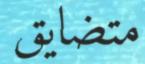
متضايق